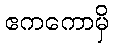
ဧကကောမှိ